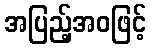
အပြည့်အဝဖြင့်